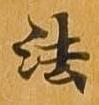
法